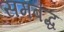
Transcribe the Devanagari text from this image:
समबंद्ध